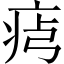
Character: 𤵶